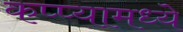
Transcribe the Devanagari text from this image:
कप्प्यामध्ये